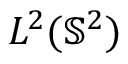
L ^ { 2 } ( \mathbb { S } ^ { 2 } )